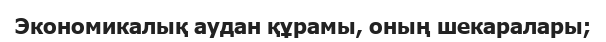
Экономикалық аудан құрамы, оның шекаралары;